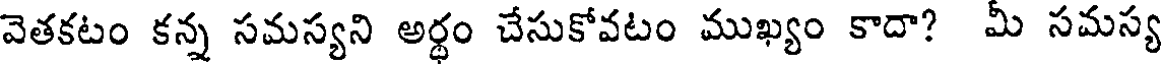
వెతకటం కన్న సమస్యని అర్థం చేసుకోవటం ముఖ్యం కాదా? మీ సమస్య